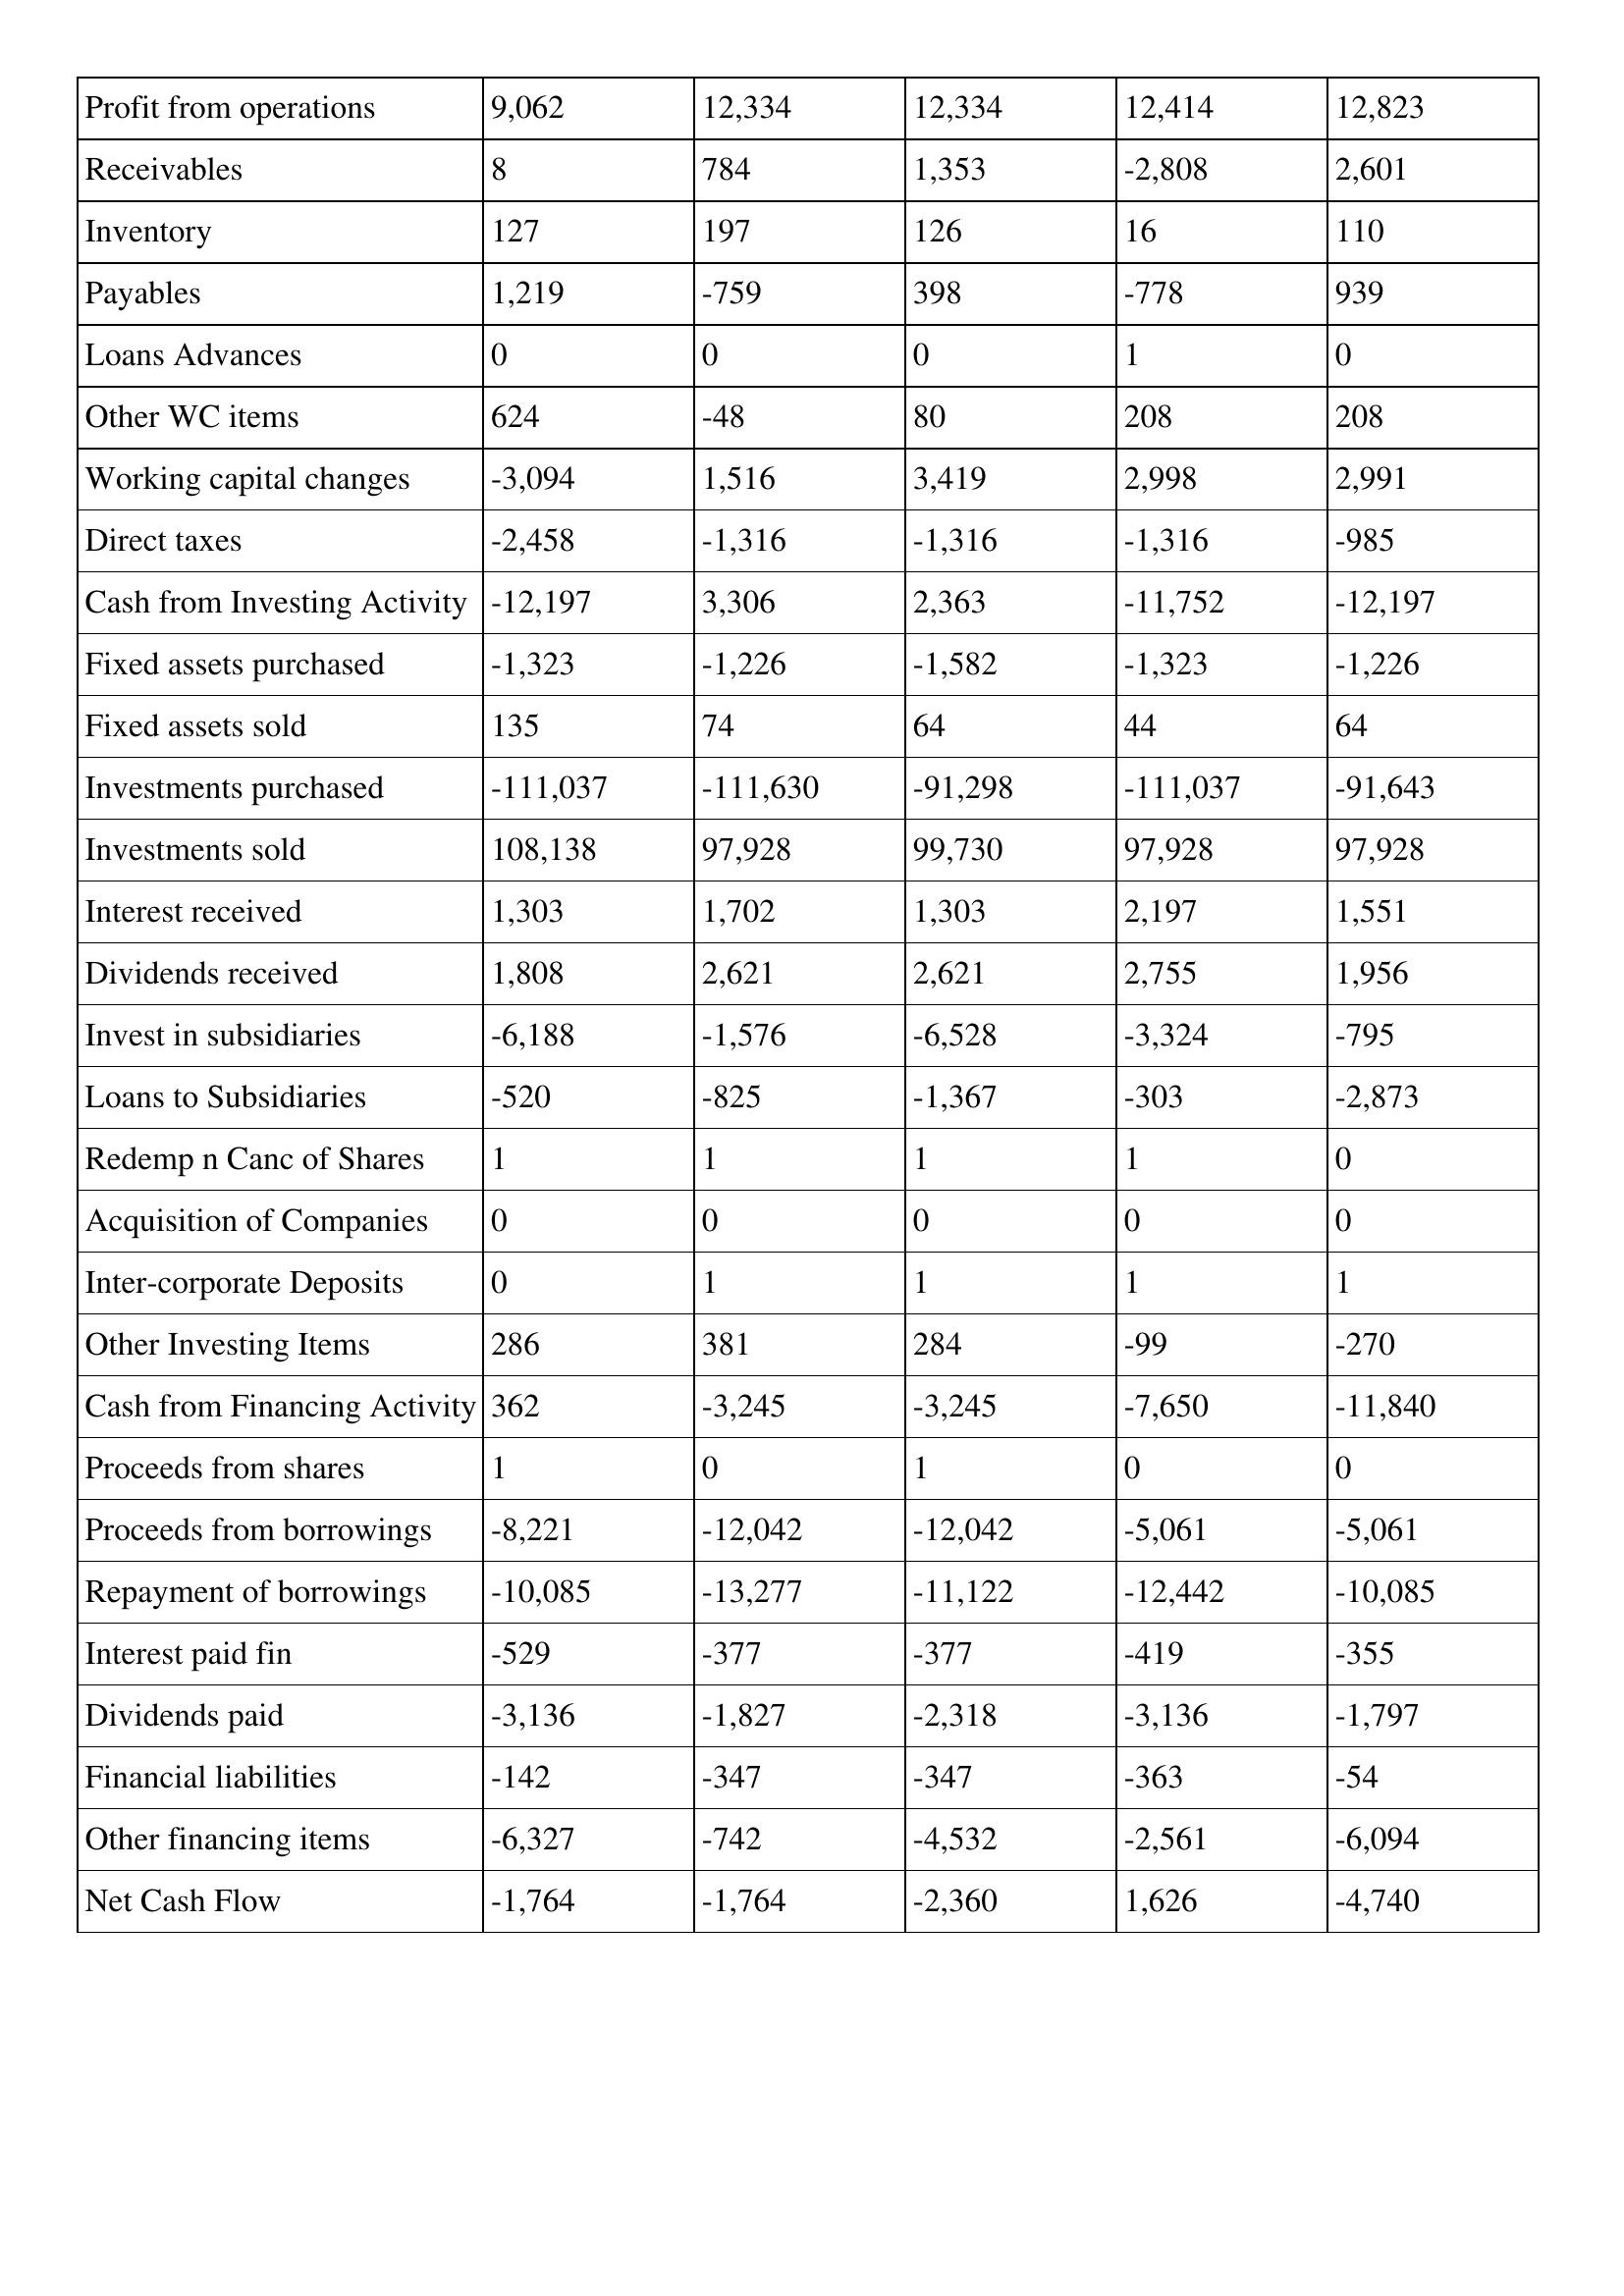
gt_parse: 2009: Cash Flows: Profit from operations: 9,062
Receivables: 8
Inventory: 127
Payables: 1,219
Loans Advances: 0
Other WC items: 624
Working capital changes: -3,094
Direct taxes: -2,458
Cash from Investing Activity: -12,197
Fixed assets purchased: -1,323
Fixed assets sold: 135
Investments purchased: -111,037
Investments sold: 108,138
Interest received: 1,303
Dividends received: 1,808
Invest in subsidiaries: -6,188
Loans to Subsidiaries: -520
Redemp n Canc of Shares: 1
Acquisition of Companies: 0
Inter-corporate Deposits: 0
Other Investing Items: 286
Cash from Financing Activity: 362
Proceeds from shares: 1
Proceeds from borrowings: -8,221
Repayment of borrowings: -10,085
Interest paid fin: -529
Dividends paid: -3,136
Financial liabilities: -142
Other financing items: -6,327
Net Cash Flow: -1,764
2008: Cash Flows: Profit from operations: 12,334
Receivables: 784
Inventory: 197
Payables: -759
Loans Advances: 0
Other WC items: -48
Working capital changes: 1,516
Direct taxes: -1,316
Cash from Investing Activity: 3,306
Fixed assets purchased: -1,226
Fixed assets sold: 74
Investments purchased: -111,630
Investments sold: 97,928
Interest received: 1,702
Dividends received: 2,621
Invest in subsidiaries: -1,576
Loans to Subsidiaries: -825
Redemp n Canc of Shares: 1
Acquisition of Companies: 0
Inter-corporate Deposits: 1
Other Investing Items: 381
Cash from Financing Activity: -3,245
Proceeds from shares: 0
Proceeds from borrowings: -12,042
Repayment of borrowings: -13,277
Interest paid fin: -377
Dividends paid: -1,827
Financial liabilities: -347
Other financing items: -742
Net Cash Flow: -1,764
2007: Cash Flows: Profit from operations: 12,334
Receivables: 1,353
Inventory: 126
Payables: 398
Loans Advances: 0
Other WC items: 80
Working capital changes: 3,419
Direct taxes: -1,316
Cash from Investing Activity: 2,363
Fixed assets purchased: -1,582
Fixed assets sold: 64
Investments purchased: -91,298
Investments sold: 99,730
Interest received: 1,303
Dividends received: 2,621
Invest in subsidiaries: -6,528
Loans to Subsidiaries: -1,367
Redemp n Canc of Shares: 1
Acquisition of Companies: 0
Inter-corporate Deposits: 1
Other Investing Items: 284
Cash from Financing Activity: -3,245
Proceeds from shares: 1
Proceeds from borrowings: -12,042
Repayment of borrowings: -11,122
Interest paid fin: -377
Dividends paid: -2,318
Financial liabilities: -347
Other financing items: -4,532
Net Cash Flow: -2,360
2006: Cash Flows: Profit from operations: 12,414
Receivables: -2,808
Inventory: 16
Payables: -778
Loans Advances: 1
Other WC items: 208
Working capital changes: 2,998
Direct taxes: -1,316
Cash from Investing Activity: -11,752
Fixed assets purchased: -1,323
Fixed assets sold: 44
Investments purchased: -111,037
Investments sold: 97,928
Interest received: 2,197
Dividends received: 2,755
Invest in subsidiaries: -3,324
Loans to Subsidiaries: -303
Redemp n Canc of Shares: 1
Acquisition of Companies: 0
Inter-corporate Deposits: 1
Other Investing Items: -99
Cash from Financing Activity: -7,650
Proceeds from shares: 0
Proceeds from borrowings: -5,061
Repayment of borrowings: -12,442
Interest paid fin: -419
Dividends paid: -3,136
Financial liabilities: -363
Other financing items: -2,561
Net Cash Flow: 1,626
2005: Cash Flows: Profit from operations: 12,823
Receivables: 2,601
Inventory: 110
Payables: 939
Loans Advances: 0
Other WC items: 208
Working capital changes: 2,991
Direct taxes: -985
Cash from Investing Activity: -12,197
Fixed assets purchased: -1,226
Fixed assets sold: 64
Investments purchased: -91,643
Investments sold: 97,928
Interest received: 1,551
Dividends received: 1,956
Invest in subsidiaries: -795
Loans to Subsidiaries: -2,873
Redemp n Canc of Shares: 0
Acquisition of Companies: 0
Inter-corporate Deposits: 1
Other Investing Items: -270
Cash from Financing Activity: -11,840
Proceeds from shares: 0
Proceeds from borrowings: -5,061
Repayment of borrowings: -10,085
Interest paid fin: -355
Dividends paid: -1,797
Financial liabilities: -54
Other financing items: -6,094
Net Cash Flow: -4,740